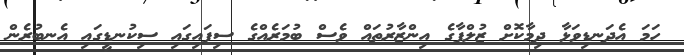
ހަމަ އެދަނޑިވަޅާ ދިމާކޮށް ޒުލްފާގެ އިންޒާރުތައް ވެސް ބުމަރެއްގެ ސިފައިގައި ސިކުނޑީގައި އެނބުރެން